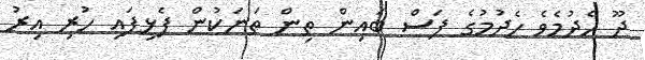
ދޫ ހެދުމެވެ ހެދުމުގެ ފަސް ބައިން ތިން ތަނަކުން ފެޅިފައި ހުރި އިރު